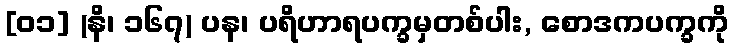
[၀၁] (နိ၊ ၁၆၇) ပန၊ ပရိဟာရပက္ခမှတစ်ပါး, စောဒကပက္ခကို